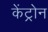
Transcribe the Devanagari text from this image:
केंट्रोन